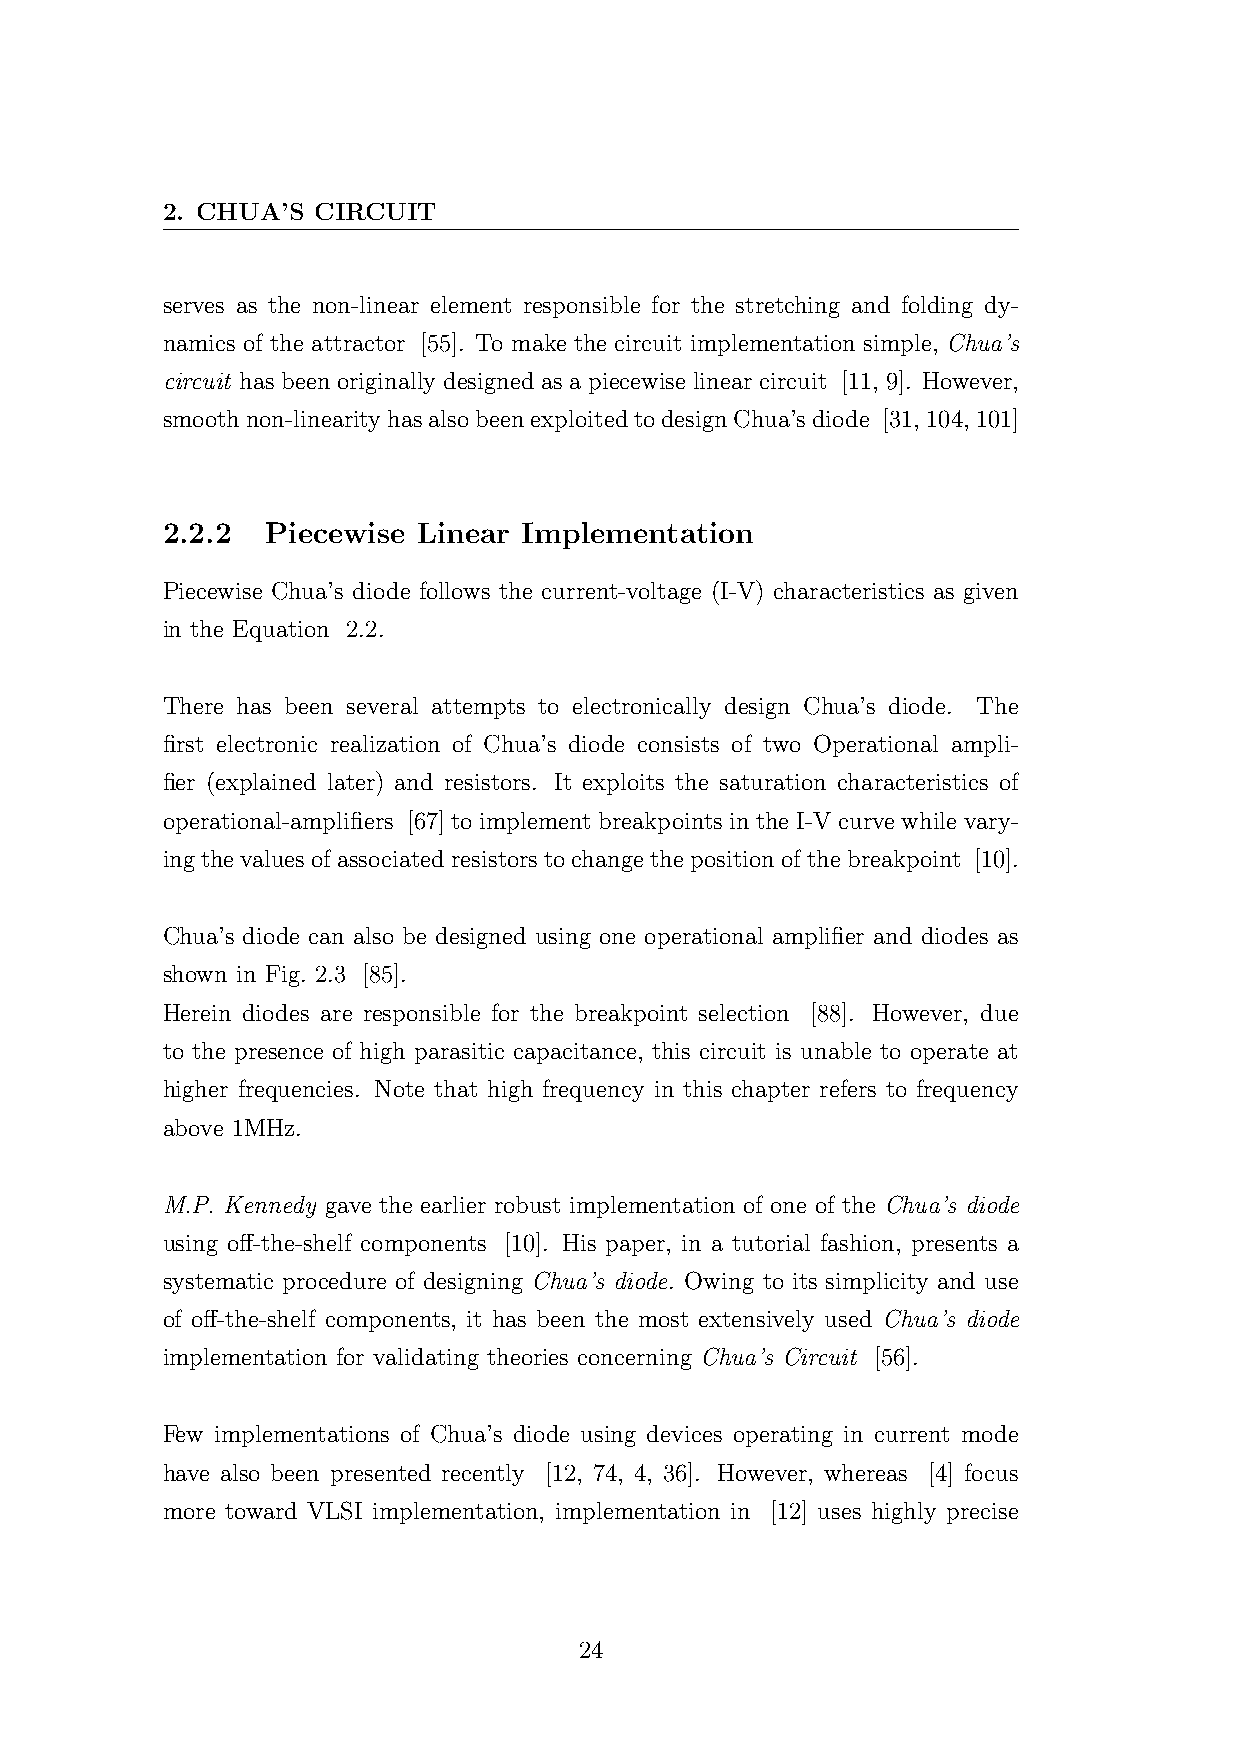
2. CHUA’S CIRCUIT
 serves as the non-linear element responsible for the stretching and folding dy-
 namics of the attractor [55]. To make the circuit implementation simple, Chua’s
 circuit has been originally designed as a piecewise linear circuit [11, 9]. However,
 smoothnon-linearityhasalsobeenexploitedtodesignChua’sdiode [31,104,101]
 2.2.2  Piecewise Linear Implementation
 Piecewise Chua’s diode follows the current-voltage (I-V) characteristics as given
 in the Equation 2.2.
 There has been several attempts to electronically design Chua’s diode. The
 first electronic realization of Chua’s diode consists of two Operational ampli-
 fier (explained later) and resistors. It exploits the saturation characteristics of
 operational-amplifiers [67] to implement breakpoints in the I-V curve while vary-
 ingthevaluesofassociatedresistorstochangethepositionofthebreakpoint [10].
 Chua’s diode can also be designed using one operational amplifier and diodes as
 shown in Fig. 2.3 [85].
 Herein diodes are responsible for the breakpoint selection [88]. However, due
 to the presence of high parasitic capacitance, this circuit is unable to operate at
 higher frequencies. Note that high frequency in this chapter refers to frequency
 above 1MHz.
 M.P. Kennedy gave the earlier robust implementation of one of the Chua’s diode
 using off-the-shelf components [10]. His paper, in a tutorial fashion, presents a
 systematic procedure of designing Chua’s diode. Owing to its simplicity and use
 of off-the-shelf components, it has been the most extensively used Chua’s diode
 implementation for validating theories concerning Chua’s Circuit [56].
 Few implementations of Chua’s diode using devices operating in current mode
 have also been presented recently [12, 74, 4, 36]. However, whereas [4] focus
 more toward VLSI implementation, implementation in [12] uses highly precise
 24